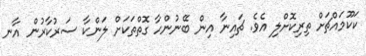
ކަކޫމައްޗަށް ތިރިކޮށްލި އެވެ. ޗައިނާ އިން ބޭނުންހާ ގޮތްތަކަށް ލަންކާ ސަރުކާރުން އާނ